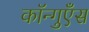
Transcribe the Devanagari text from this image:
कॉन्गुएँस